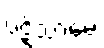
ပဋိသာမေ